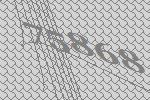
75868